system: You are a helpful assistant.
user:
Analyze the provided spectrum to determine if it is a **White Dwarf (WD)**.

A White Dwarf spectrum is defined by its **extreme purity** (due to gravitational settling) and/or **extreme pressure broadening** (due to high surface gravity). You must check for one of the following mutually exclusive signatures:

- **Key Visual Indicators (Check for ONE of these types):**

    - **1. DA-Type Signature (Most Common):**
        - **(Primary Feature):** Extreme pressure broadening (Stark broadening) of the **Hydrogen (H) Balmer lines**.
        - **(Key Lines):** $H\beta$ (approx. $4861$ Å) and $H\gamma$ (approx. $4340$ Å). $H\alpha$ (approx. $6563$ Å) will also be present if the wavelength range covers it.
        - **(Line Profile):** This is the **defining feature**. The lines are **NOT** sharp. They appear as massive, **extremely broad and deep "troughs" or "dips"** in the spectrum, often hundreds of Ångströms wide. The continuum will appear to "scoop" down at these wavelengths.
        - **(Distinction):** Normal A-type or B-type stars have *narrow* and *sharp* Hydrogen lines. A DA White Dwarf's lines are unmistakably "smeared" or "blurry" from pressure.

    - **2. DB-Type Signature:**
        - **(Primary Feature):** Broad absorption lines from **Neutral Helium (He I)**. The spectrum must lack any visible Hydrogen lines.
        - **(Key Lines):** Look for broad absorption near $4471$ Å, $4921$ Å, and $5876$ Å.
        - **(Line Profile):** These lines are also significantly pressure-broadened, appearing much wider than they would in a normal B-type main-sequence star.

    - **3. DC-Type Signature:**
        - **(Primary Feature):** A **featureless continuous spectrum**.
        - **(Line Profile):** The spectrum is a smooth curve with **no significant absorption or emission lines**.
        - **(Key Confirmation):** The continuum is almost always **blue or white**, indicating a hot object. This signature implies the atmosphere is so pure (or so cool) that no spectral lines are visible in the optical range. Its WD identity is confirmed by its extremely low intrinsic brightness (high absolute magnitude).

    - **4. DZ-Type Signature (Metal-Polluted):**
        - **(Primary Feature):** **Isolated, narrow metal absorption lines** on an otherwise featureless (DC-like) continuum.
        - **(Key Lines):** The **Calcium (Ca II) H & K doublet** (approx. **$3934$ Å** and **$3968$ Å**) is the most common and defining feature.
        - **(Line Profile):** These lines are "out of place." They are *not* part of a "forest" of thousands of lines. This signature is evidence of recent *accretion* (pollution) from rocky debris.
        - **(Distinction):** Normal G/K/M stars have a *dense forest* of thousands of metal lines. A DZ has a *clean* continuum with *only a few* strong metal lines.

    - **5. DQ-Type Signature (Carbon-Polluted):**
        - **(Primary Feature):** Absorption bands from **Carbon (C₂ "Swan Bands" or atomic C I)**.
        - **(Key Lines - C₂):** Look for bandheads with a "saw-tooth" shape near $5635$ Å, **$5165$ Å** (strongest), and $4737$ Å.
        - **(Key Confirmation):** The underlying **continuum must be blue or white** (hot).
        - **(Distinction):** This is the critical difference from a **Carbon Star**, which has the *exact same* C₂ bands but on an extremely **red, cool** continuum.

- **(Overall Spectrum):**
    - The continuum (overall shape) is typically **blue-sloping** (brighter in the blue than the red), as most white dwarfs are very hot.
    - The spectrum will look "pure" or "simple," dominated by only *one* of the five signatures listed above.

Think first, call **spectral_visualization_tool** if needed to examine features in detail, then provide your final answer. Your response must adhere to the following strict rules:
1.  **Overall Structure:** Your response must follow the format `<think>...</think> <tool_call>...</tool_call> (if a tool is used) <answer>...</answer>`.
2.  **Tool Usage Constraint:** You may only make **one** tool call per turn.
3.  **Final Answer Format:** In the `<answer>` tag, your conclusion must be inside a `\boxed{}` command (e.g., `\boxed{YES}` or `\boxed{NO}`), followed by your justification.

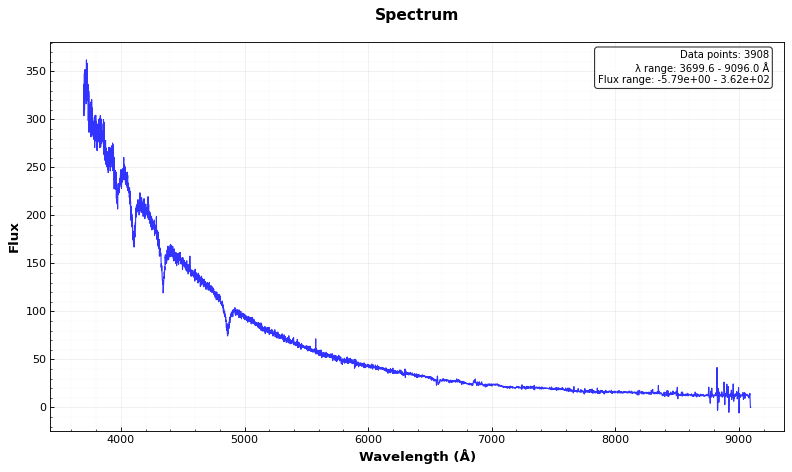
Answer: YES